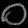
Digit: ၀